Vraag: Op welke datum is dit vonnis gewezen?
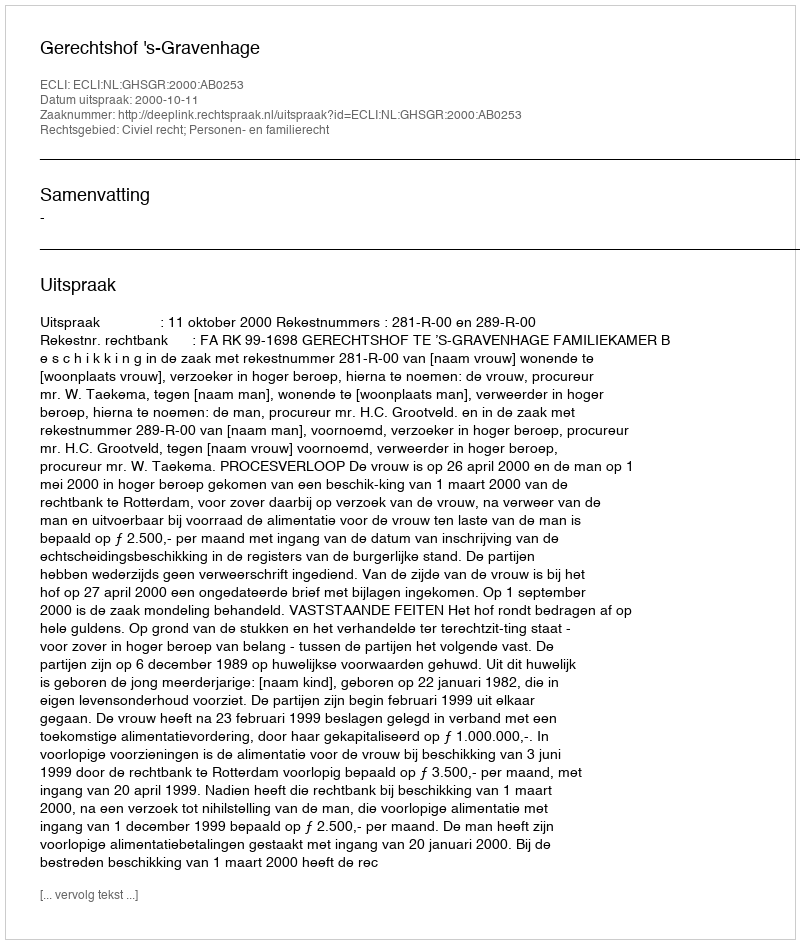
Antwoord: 2000-10-11